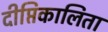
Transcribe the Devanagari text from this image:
दीप्तिकालिता